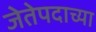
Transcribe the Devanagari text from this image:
जेतेपदाच्या